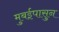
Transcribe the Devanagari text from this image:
मुबईपासुन